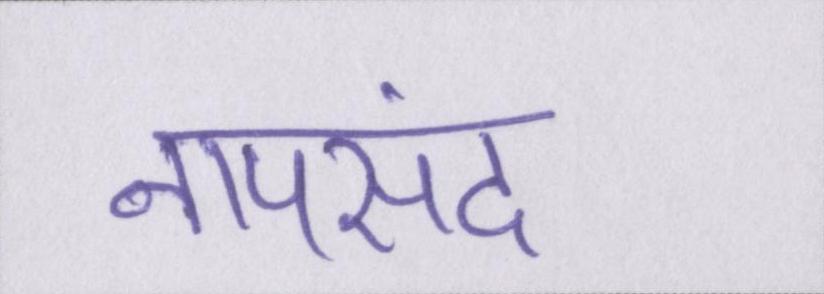
नापसंद